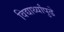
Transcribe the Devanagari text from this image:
विद्यार्थ्यांपुढे